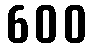
600